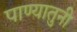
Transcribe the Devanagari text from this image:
पाण्यातुनी